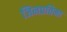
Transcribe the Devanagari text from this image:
जिनप्रतिमा